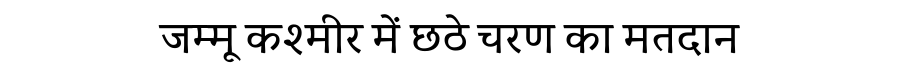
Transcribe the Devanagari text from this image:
जम्मू कश्मीर में छठे चरण का मतदान